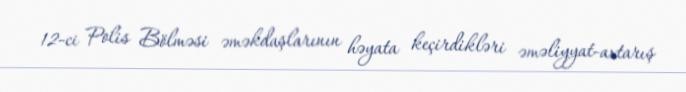
12-ci Polis Bölməsi əməkdaşlarının həyata keçirdikləri əməliyyat-axtarış